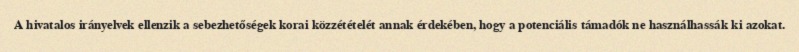
A hivatalos irányelvek ellenzik a sebezhetőségek korai közzétételét annak érdekében, hogy a potenciális támadók ne használhassák ki azokat.